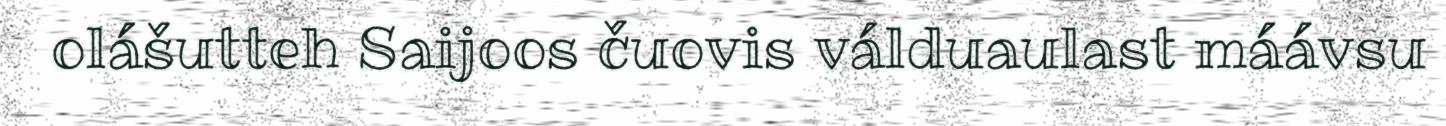
olášutteh Saijoos čuovis válduaulast máávsu